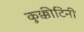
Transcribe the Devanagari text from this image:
कुक्कीटिनी